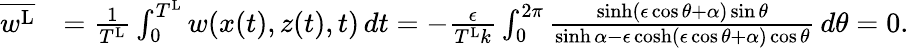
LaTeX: \begin{array}{rl}{\overline{{w^{\textnormal{L}}}}}&{=\frac{1}{T^{\textnormal{L}}}\int_{0}^{T^{\textnormal{L}}}w(x(t),z(t),t)\, dt=-\frac{\epsilon}{T^{\textnormal{L}}k}\int_{0}^{2\pi}\frac{\sinh(\epsilon\cos\theta+{\alpha})\sin\theta}{\sinh{\alpha}-\epsilon\cosh(\epsilon\cos\theta+{\alpha})\cos\theta}\, d\theta=0.}\end{array}